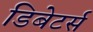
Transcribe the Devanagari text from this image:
डिबेटर्स